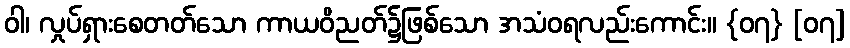
ဝါ၊ လှုပ်ရှားစေတတ်သော ကာယဝိညတ်၌ဖြစ်သော အသံဝရလည်းကောင်း။ {၀၇} [၀၇]